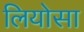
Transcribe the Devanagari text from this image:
लियोसा